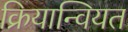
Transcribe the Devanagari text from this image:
क्रियान्वियत